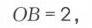
\(OB = 2\)，